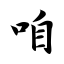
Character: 咱